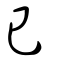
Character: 已